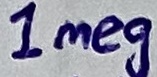
Text: 1meg